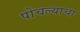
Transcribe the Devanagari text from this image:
पोचल्याचा